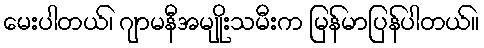
မေးပါတယ်၊ ဂျာမနီအမျိုးသမီးက မြန်မာပြန်ပါတယ်။